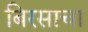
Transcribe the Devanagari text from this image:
बिरसाचा